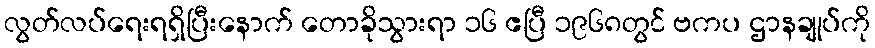
လွတ်လပ်ရေးရရှိပြီးနောက် တောခိုသွားရာ ၁၆ ဧပြီ ၁၉၆၈တွင် ဗကပ ဌာနချုပ်ကို